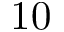
1 0